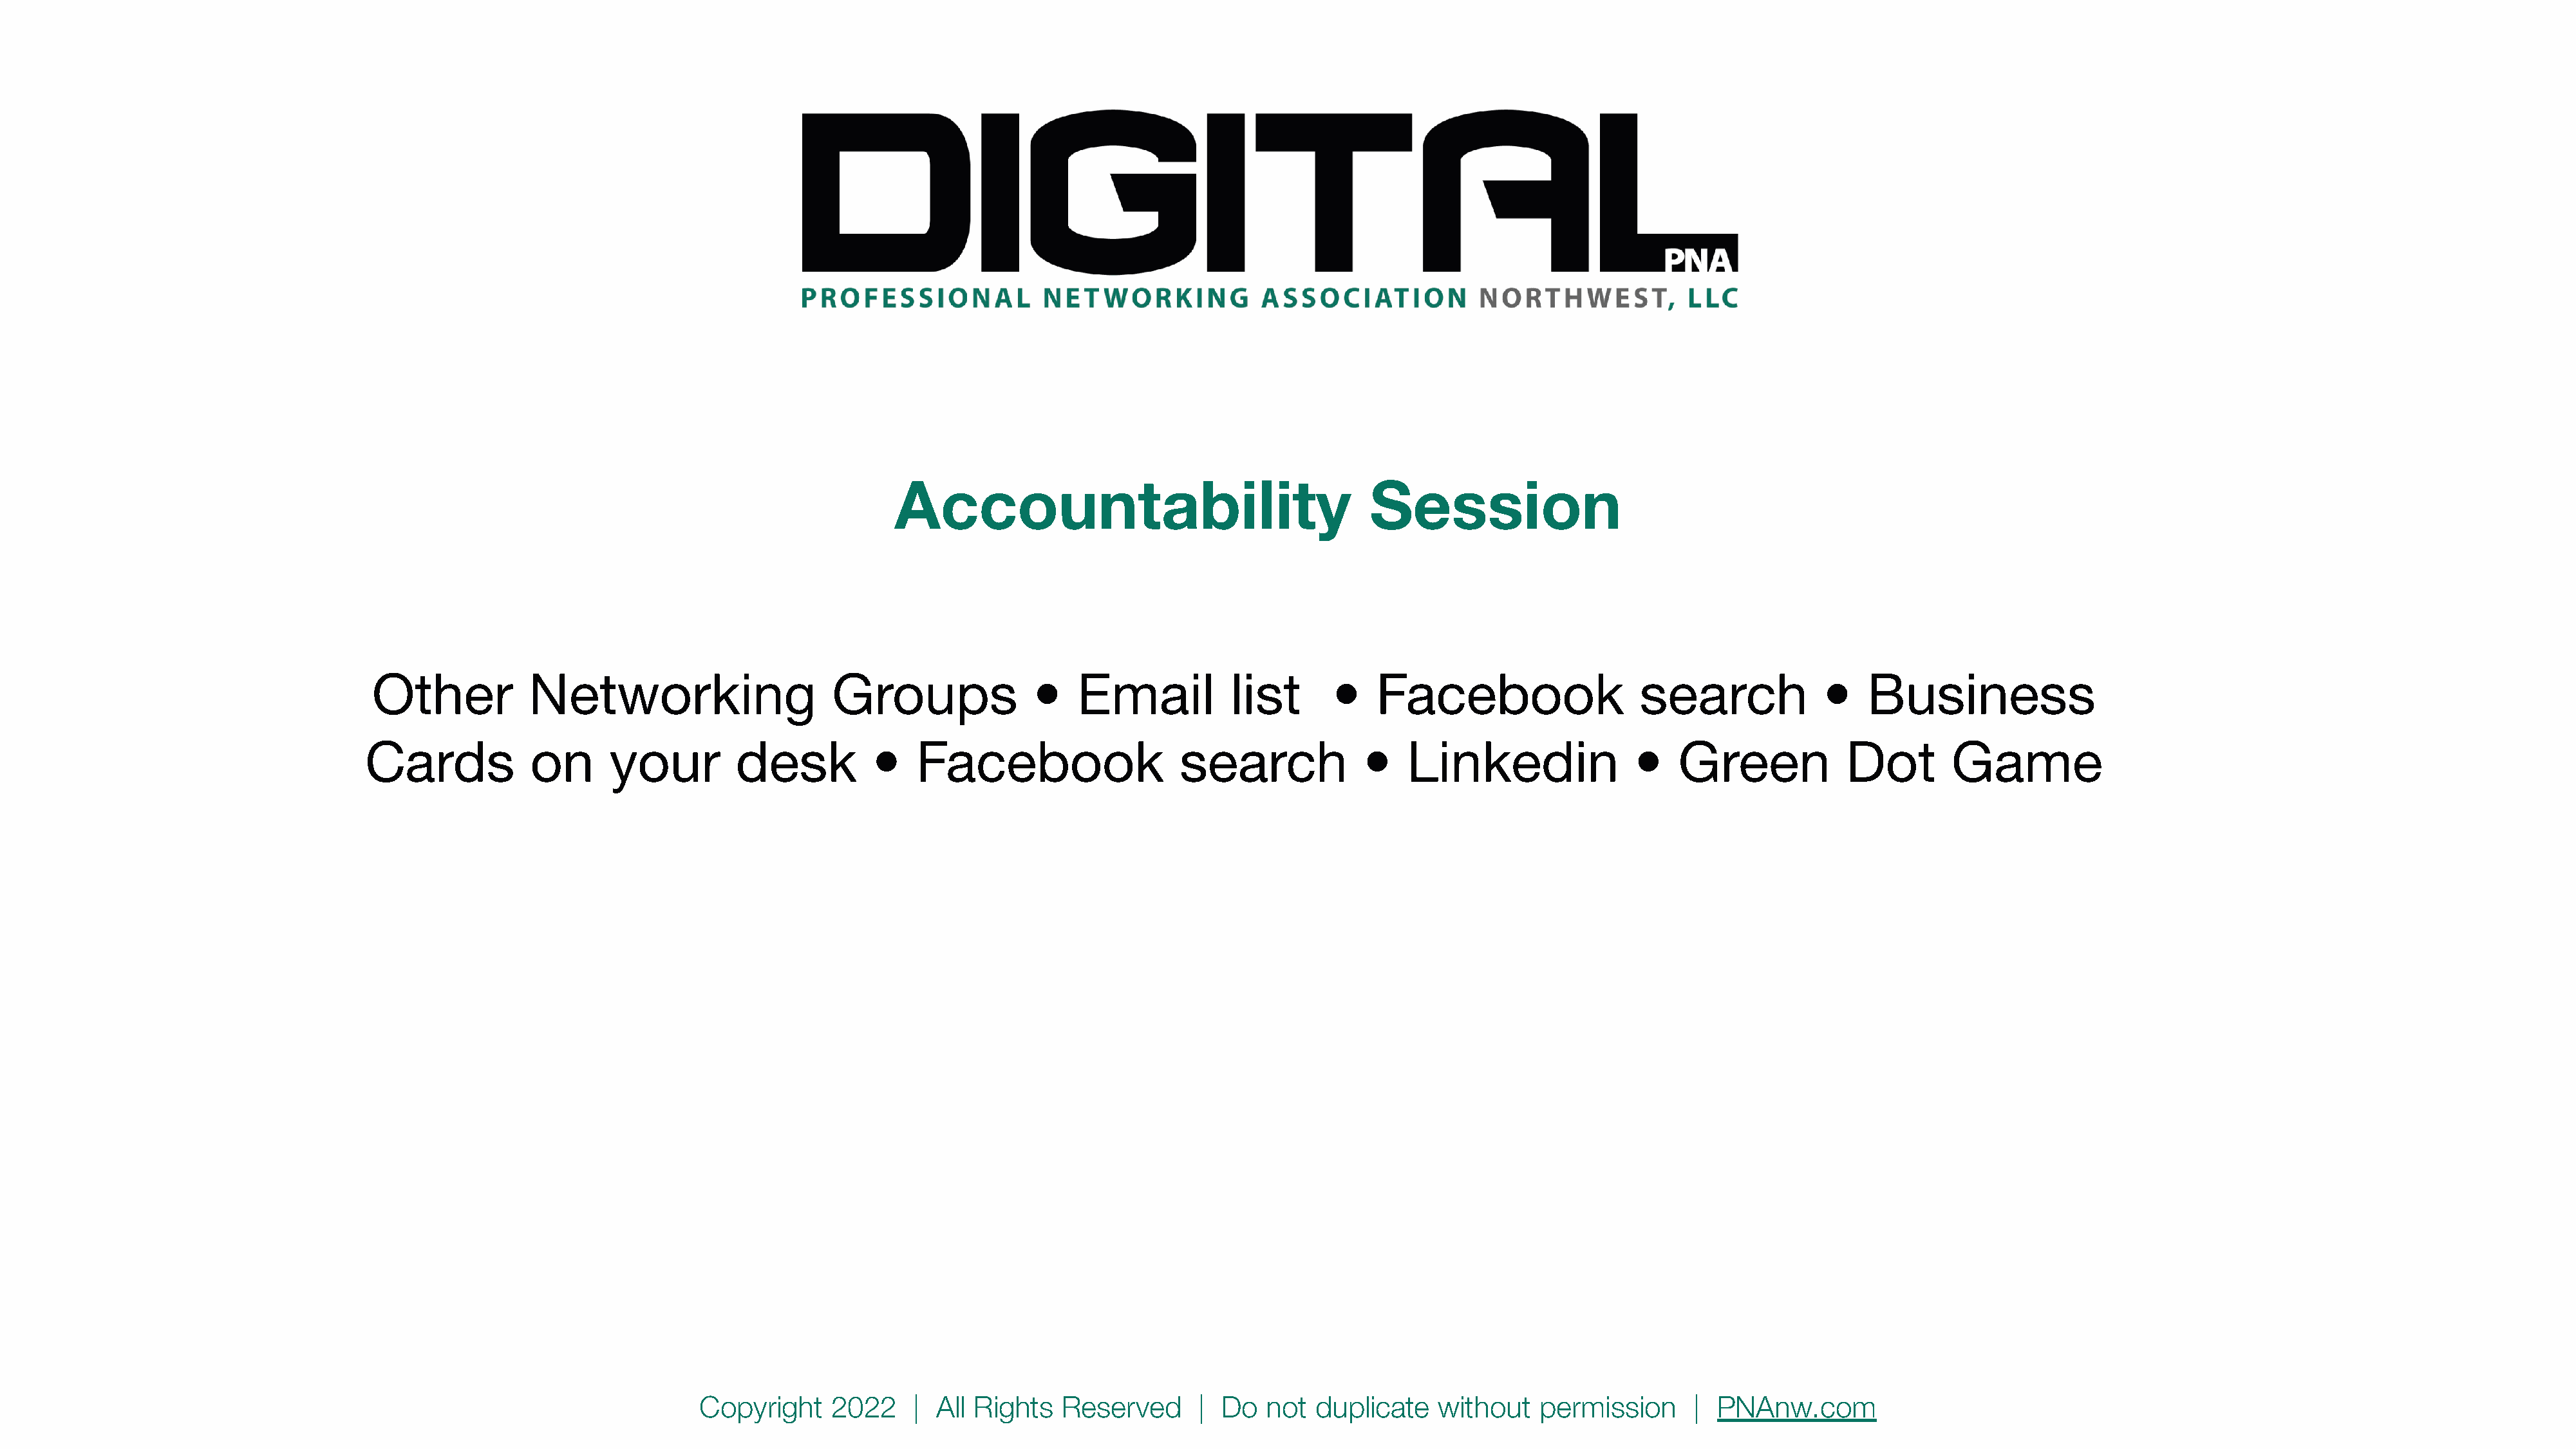
Accountability                                   Session
 Other           Networking                      Groups              •    Email          list       •   Facebook                    search            •    Business
 Cards            on      your         desk          •   Facebook                   search             •    Linkedin               •    Green            Dot        Game
 Copyright    2022     | All Rights   Reserved      |  Do  not  duplicate    without   permission      |  PNAnw.com